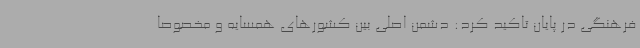
فرهنگی در پایان تاکید کرد: دشمن اصلی بین کشورهای همسایه و مخصوصا